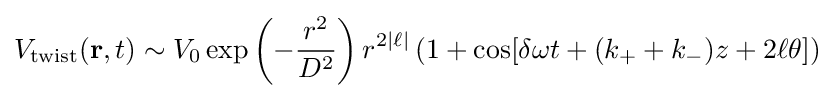
V_{\text{twist}}(\mathbf {r} ,t)\sim V_{0}\exp \left(-{\frac {r^{2}}{D^{2}}}\right)r^{2|\ell |}\left(1+\cos[\delta \omega t+(k_{+}+k_{-})z+2\ell \theta ]\right)